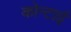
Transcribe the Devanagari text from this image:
कोन्टाई